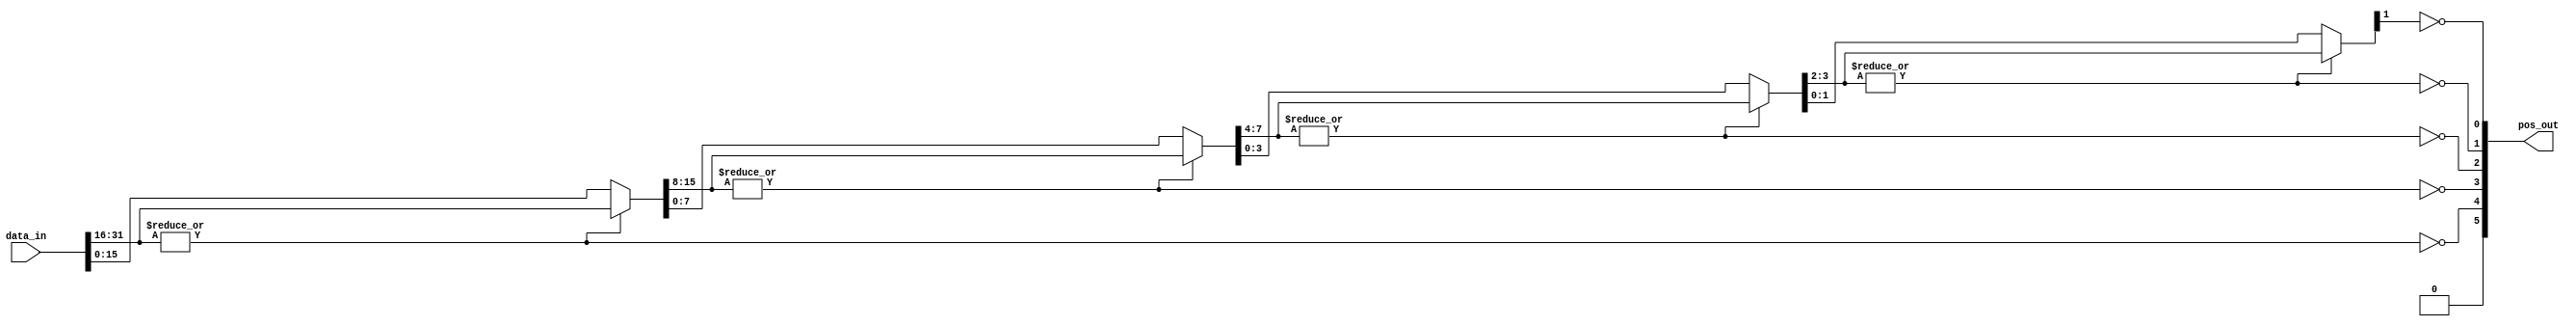
/*
 * @Author: WenJiaBao-2022E8020282071
 * @Date: 2022-09-22 23:28:42
 * @LastEditTime: 2022-10-03 23:14:28
 * @Description: Homework of AdvDigitalIC : ch3 VectorDetector source code
 * 
 * Copyright (c) 2022 by WenJiaBao wenjiabao0919@163.com, All Rights Reserved. 
 */

module VectorDetector_m3
(
    //Interface with Input
    input           [31:0]      data_in,
    //Interface with Output
    output           [5:0]       pos_out
);    

    wire [15:0] temp0;
    wire [7:0]  temp1;
    wire [3:0]  temp2;
    wire [1:0]  temp3;
    
    assign pos_out[5] = 1'b0;
    assign pos_out[4] = ~|data_in[31:16];
    
    assign temp0 = ~pos_out[4] ? data_in[31:16] : data_in[15:0];
    assign pos_out[3] = ~|temp0[15:8];
    
    assign temp1 = ~pos_out[3] ? temp0[15:8] : temp0[7:0];
    assign pos_out[2] = ~|temp1[7:4];
    
    assign temp2 = ~pos_out[2] ? temp1[7:4] : temp1[3:0];
    assign pos_out[1] = ~|temp2[3:2];
    
    assign temp3 = ~pos_out[1] ? temp2[3:2] : temp2[1:0];
    assign pos_out[0] = ~temp3[1];
endmodule